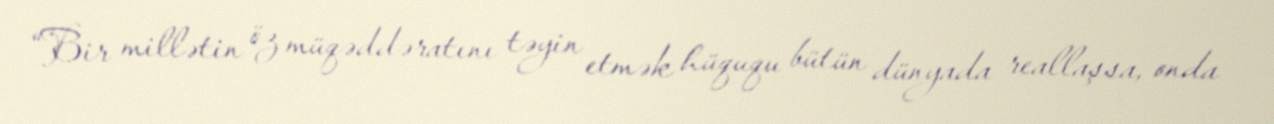
“Bir millətin öz müqəddəratını təyin etmək hüququ bütün dünyada reallaşsa, onda